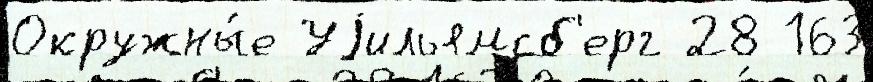
Окружны́е Уjильямсб'ерг 28 163